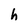
Character: h